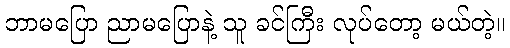
ဘာမပြော ညာမပြောနဲ့ သူ ခင်ကြီး လုပ်တော့ မယ်တဲ့။